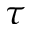
\tau